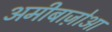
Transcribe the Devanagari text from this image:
अमीबाज़ोआ